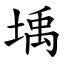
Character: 㙖